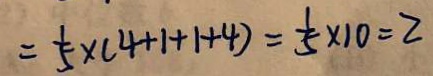
= \frac { 1 } { 5 } \times ( 4 + 1 + 1 + 4 ) = \frac { 1 } { 5 } \times 1 0 = 2